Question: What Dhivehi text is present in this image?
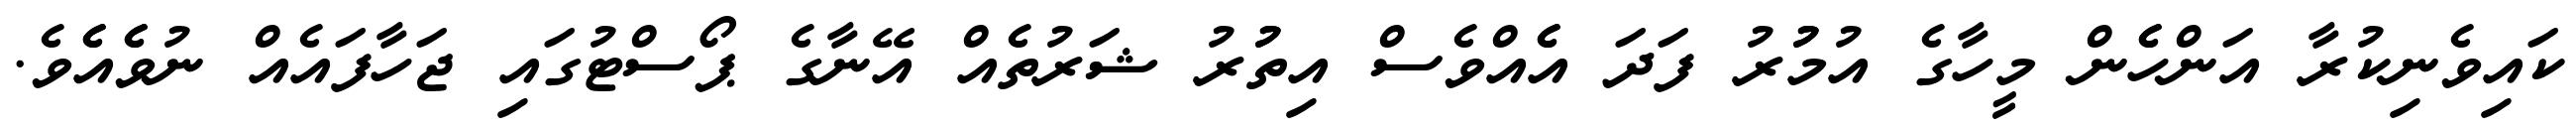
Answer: ކައިވެނިކުރާ އަންހެެން މީހާގެ އުމުުރު ފަދަ އެެއްވެސް އިތުުރު ޝަރުތެއް އޭނާގެ ޕޯސްޓުގައި ޖަހާފައެއް ނުވެެއެެވެ.